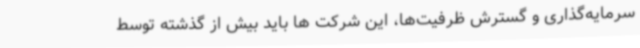
سرمایه‌گذاری و گسترش ظرفیت‌ها، این شرکت ها باید بیش از گذشته توسط